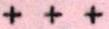
+ + +